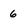
Character: 6